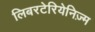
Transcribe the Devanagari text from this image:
लिबरटेरियेनिज़्म